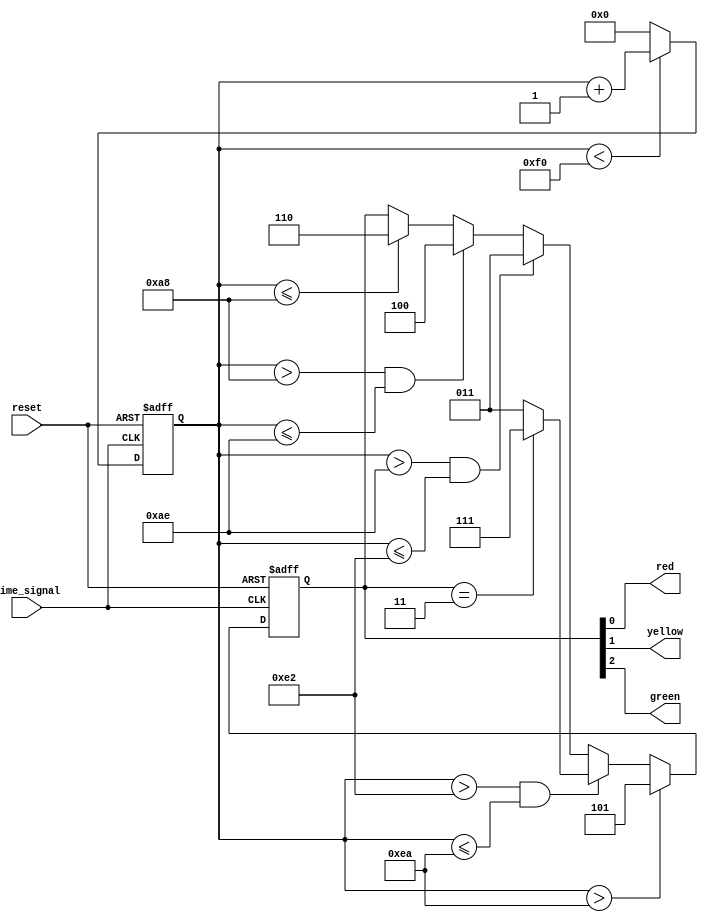
module tri_light_svetofor (	//      .
 //A usual tricolor traffic light. Inverter logic, 1 is off.
		input wire time_signal,
		input wire reset,
		output wire red,
		output wire yellow,
		output wire green		
		);
	//  -    Verilog.   
	//    ,     always.
	//        ,      .
	parameter green_time = 8'd26 * 8'd2,  //Multiplier is 2, because time interval is a half-second.
	red_time = 8'd84 * 8'd2,
	yellow_time = 8'd3 * 8'd2,
	blnk_time = 8'd4 * 8'd2,
	tril_time = green_time + blnk_time + red_time + yellow_time * 8'd2;
	
	reg [7:0] timer; 	//  .
							//A time keeper for this module.
	reg [2:0] sel_color; //   . 0  - , 1  - , 2  - .
								//    - .
							//An output selector: 0 bit - red, 1 bit - yellow, 2 bit - green. A zero level is active.
	
	//         .
	// assign            always.
	assign red = sel_color[0];
	assign yellow = sel_color[1];
	assign green = sel_color[2];
	
	//  always,    (  - )   .
	//       verilog.
	always @(posedge time_signal or negedge reset)
	begin
		//        "<=".
		//      ,      always.
		//       , .  .
		if (!reset) //    (  - ), ...
			begin							//A zero level is active. 
				timer <= 8'd0;
				sel_color <= 3'b110; //     .
											//     .   - .
			end
		else //,       ( , z    ).
			begin //    .				
				if (timer < tril_time)	//          ... 
											//Keep time counting.
					timer <= timer + 8'd1; //    .
				else
					timer <= 8'd0; 	//   .
											//Reset timer.
			
				if (timer <= red_time) //        .
											//A red color time.
					sel_color <= 3'b110; //  ( - ),     .
							
											//A yellow color time.
				if (timer > red_time && timer <= red_time + yellow_time) //  -     .
					sel_color <= 3'b100; //  .
		
											//A green color time.
				if (timer > red_time + yellow_time && timer <= red_time + yellow_time + green_time) // .
					sel_color <= 3'b011; //  ,    .
				
				//   .
				//          .
											//A green blinking.
				if (timer > red_time + yellow_time + green_time && timer <= red_time + yellow_time + green_time + blnk_time)
					if (sel_color == 3'b011)
						sel_color <= 3'b111; // .
					else
						sel_color <= 3'b011; // .
		
											//A yellow color time.
											//End of sequence. Next - timer reset.
				//     .    .
				//      .
				if	(timer > red_time + yellow_time + green_time + blnk_time)
					sel_color <= 3'b101; //   - . 
			end
		
	end	
		
endmodule